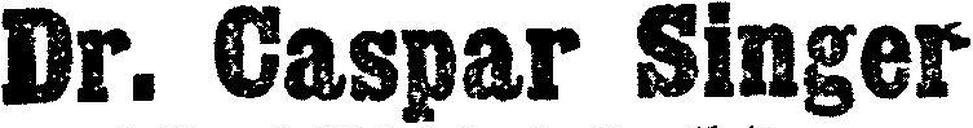
Dr. Caspar Singer